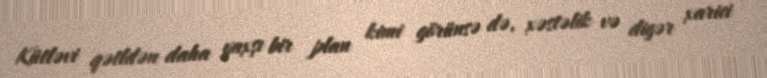
Kütləvi qətldən daha yaxşı bir plan kimi görünsə də, xəstəlik və digər xarici